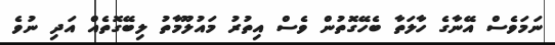
ނަމަވެސް އޭނާގެ ހާލަތާ ބެހޭގޮތުން ވެސް އިތުރު މައުލޫމާތު ލިބޭގޮތެއް އަދި ނުވެ